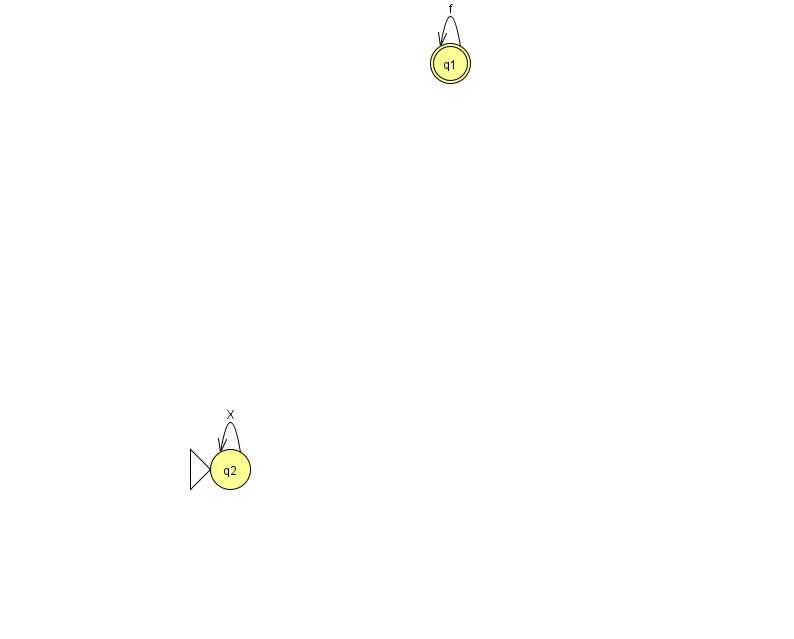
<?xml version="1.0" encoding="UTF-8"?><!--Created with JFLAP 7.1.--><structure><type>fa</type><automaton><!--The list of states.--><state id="1" name="q1"><x>450.0</x><y>50.0</y><final/></state><state id="2" name="q2"><x>230.0</x><y>456.0</y><initial/></state><!--The list of transitions.--><transition><from>1</from><to>1</to><read>f</read></transition><transition><from>2</from><to>2</to><read>X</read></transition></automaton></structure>